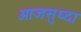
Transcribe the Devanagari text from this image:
आजसुध्दा